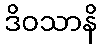
ဒိဝသာနိ